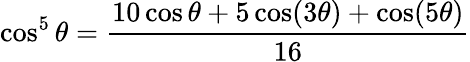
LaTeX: \cos^{5}\theta={\frac{10\cos\theta+5\cos(3\theta)+\cos(5\theta)}{16}}